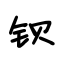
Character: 钡